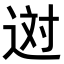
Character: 𨒻